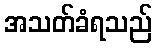
အသတ်ခံရသည်